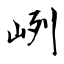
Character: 峢